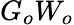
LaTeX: G_{o}W_{o}